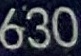
6:30